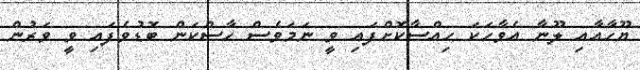
ޔޫހާއާއި ލޫނާ އެވާހަކަ ހިއްސާކޮށްފައި ވީ ނަމަވެސް ހާސްކަން ބޮޑުވެފައި ވީ ވަރުން